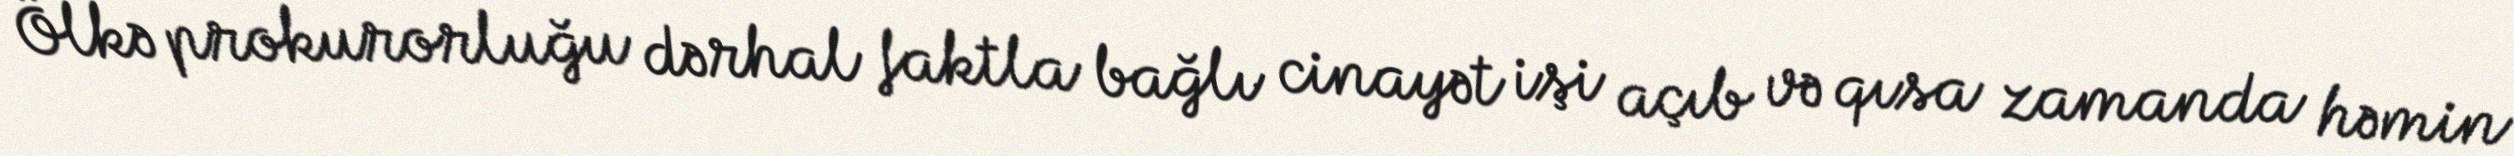
Ölkə prokurorluğu dərhal faktla bağlı cinayət işi açıb və qısa zamanda həmin